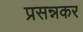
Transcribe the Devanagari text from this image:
प्रसन्नकर